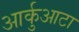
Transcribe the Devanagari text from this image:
आर्कुआटा